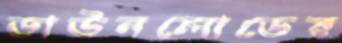
ডাউনলোডের